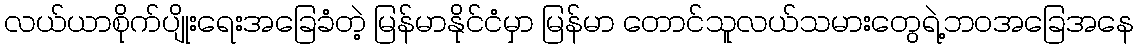
လယ်ယာစိုက်ပျိုးရေးအခြေခံတဲ့ မြန်မာနိုင်ငံမှာ မြန်မာ တောင်သူလယ်သမားတွေရဲ့ဘဝအခြေအနေ